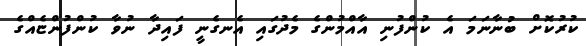
ކުރުކޮށް ބުނާނަމަ އެ ކުންފުނި އާއްމުންގެ މެދުގައި އެނގެނީ ފައިދާ ނުވާ ކުންފުންޏެއްގެ